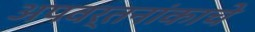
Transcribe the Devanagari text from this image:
अपवर्तनांकाचे